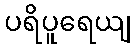
ပရိပူရေယျ